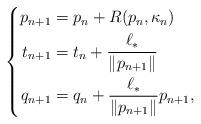
LaTeX: \begin{align*}\left\lbrace \begin{aligned}p_{n+1}&=p_n+R(p_n,\kappa_n)\\t_{n+1}&=t_n+\dfrac{\ell_*}{\|p_{n+1}\|}\\q_{n+1}&= q_n+\dfrac{\ell_*}{\|p_{n+1}\|}p_{n+1},\end{aligned}\right.\end{align*}